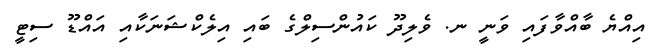
އިއްޔެ ބާއްވާފައި ވަނީ ނ. ވެލިދޫ ކައުންސިލްގެ ބައި އިލެކްޝަނަކާއި އައްޑޫ ސިޓީ